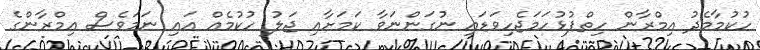
ހުކުމާމެދު އިމްރާން ހިތްޕުޅުހަމަޖެހިވަޑައި ނުގަންނަވާ ކަމަށާއި ޖަލު ހުކުމެއް އައި ނަމަވެސް އިމްރާންގެ